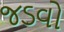
જડવો